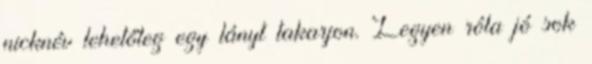
nicknév lehetőleg egy lányt takarjon. Legyen róla jó sok